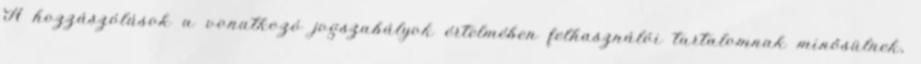
A hozzászólások a vonatkozó jogszabályok értelmében felhasználói tartalomnak minősülnek,